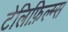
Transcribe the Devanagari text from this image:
टेलिफ़िल्म्स